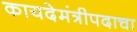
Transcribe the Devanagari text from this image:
कायदेमंत्रीपदाचा